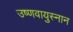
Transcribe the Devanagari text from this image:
उष्णवायुस्नान